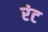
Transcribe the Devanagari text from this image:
रंट